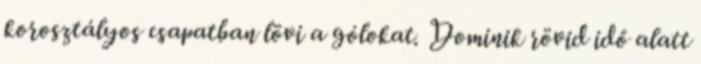
korosztályos csapatban lövi a gólokat. Dominik rövid idő alatt